Statistics compiled by the Government of India from the reports of provincial Civil Veterinary Departments
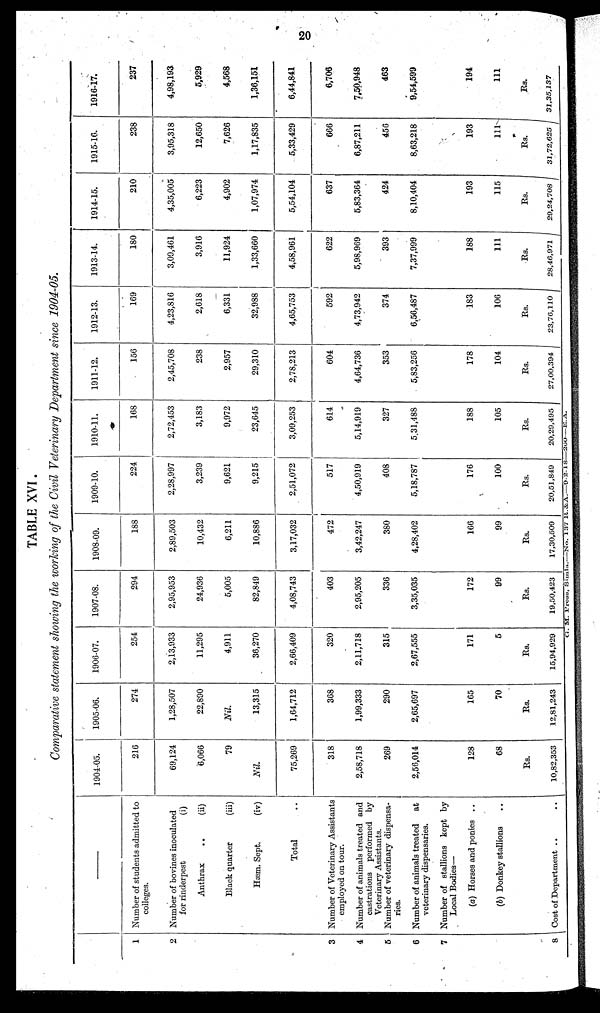
20
TABLE XVI.
Comparative statement showing the working of the Civil Veterinary Department since 1904-05.
1
2
3
4
5
6
7
8
–––
Number of students admitted to
colleges.
Number of bovines inoculated
for rinderpest
(i)
Anthrax
..
(ii)
Black quarter
(iii)
Hæm. Sept.
(iv)
Total ..
Number of Veterinary Assistants
employed on tour.
Number of animals treated and
castrations performed by
Veterinary Assistants.
Number of veterinary dispensa-
ries.
Number of animals treated
at
veterinary dispensaries.
Number of stallions kept by
Local Bodies—
(a) Horses and ponies ..
(b) Donkey stallions ..
Cost of Department .. ..
1904-05.
216
69,124
6,066
79
Nil.
75,269
318
2,58,718
269
2,56,014
128
68
Rs.
10,82,353
1905-06.
274
1,28,507
22,890
Nil.
13,315
1,64,712
368
1,99,333
290
2,65,697
165
70
Rs.
12,81,243
1906-07.
254
2,13,933
11,295
4,911
36,270
2,66,409
320
2,11,718
315
2,67,555
171
5
Rs.
15,94,929
1907-08.
294
2,95,953
24,936
5,005
82,849
4,08,743
403
2,95,205
336
3,35,035
172
99
Rs.
19,50,423
1908-09.
188
2,89,503
10,432
6,211
10,886
3,17,032
472
3,42,247
380
4,28,402
166
99
Rs.
17,30,509
1909-10.
224
2,28,997
3,239
9,621
9,215
2,51,072
517
4,50,919
408
5,18,787
176
100
Rs.
20,51,819
1910-11.
168
2,72,453
3,183
9,972
23,645
3,09,253
614
5,14,919
327
5,31,488
188
105
Rs.
20,29,495
1911-12.
156
2,45,708
238
2,957
29,310
2,78,213
604
4,64,736
353
5,83,256
178
104
Rs.
27,00,394
1912-13.
169
4,23,816
2,618
6,331
32,988
4,65,753
592
4,73,942
374
6,56,487
183
106
Rs.
23,76,110
1913-14.
180
3,09,461
3,916
11,924
1,33,660
4,58,961
622
5,98,969
393
7,37,999
188
111
Rs.
28,46,971
1914-15.
210
4,35,005
6,223
4,902
1,07,974
5,54,104
637
5,83,364
424
8,10,404
193
115
Rs.
29,24,708
1915-16.
238
3,95,318
12,650
7,626
1,17,835
5,33,429
666
6,87,211
456
8,63,218
193
111
Rs.
31,72,625
1916-17.
237
4,98,193
5,929
4,568
1,36,151
6,44,841
6,706
7,50,948
463
9,54,599
194
111
Rs.
31,35,137